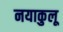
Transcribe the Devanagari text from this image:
नयाकुलू